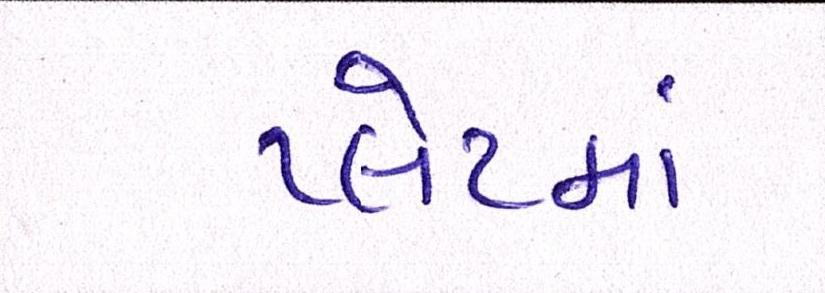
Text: પ્લેટમાં